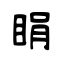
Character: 睊